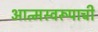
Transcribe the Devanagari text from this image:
आत्मस्वरूपाची